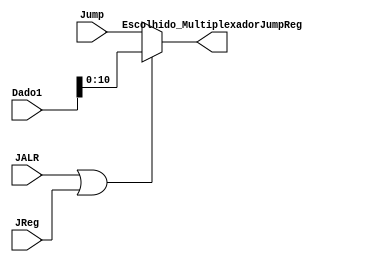
module MultiplexadorJumpReg (
	input [31:0] Dado1, 
	input [10:0] Jump,
	input JALR, JReg,
	output [10:0] Escolhido_MultiplexadorJumpReg
);
	
	reg [10:0] escolhido;
	
	always @ (*) begin
		
		if(JALR == 1 || JReg == 1) begin
			escolhido = Dado1[10:0];
		end
		
		else begin
			escolhido = Jump;
		end
		
	end
	
	assign Escolhido_MultiplexadorJumpReg = escolhido;
	
endmodule